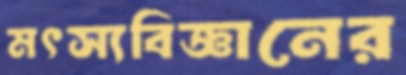
মৎস্যবিজ্ঞানের